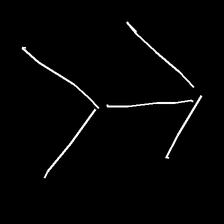
Glyph: gather